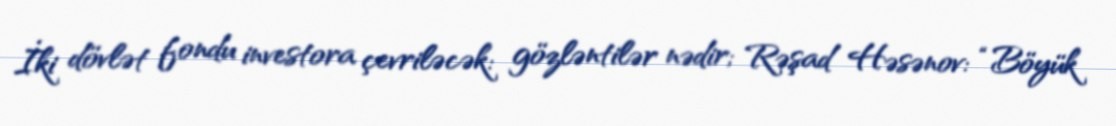
İki dövlət fondu investora çevriləcək: gözləntilər nədir; Rəşad Həsənov: “Böyük